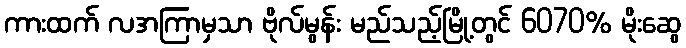
ကားထက် လအကြာမှသာ ဗိုလ်မွန်း မည်သည့်မြို့တွင် 6070% မိုးဆွေ